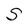
Character: S